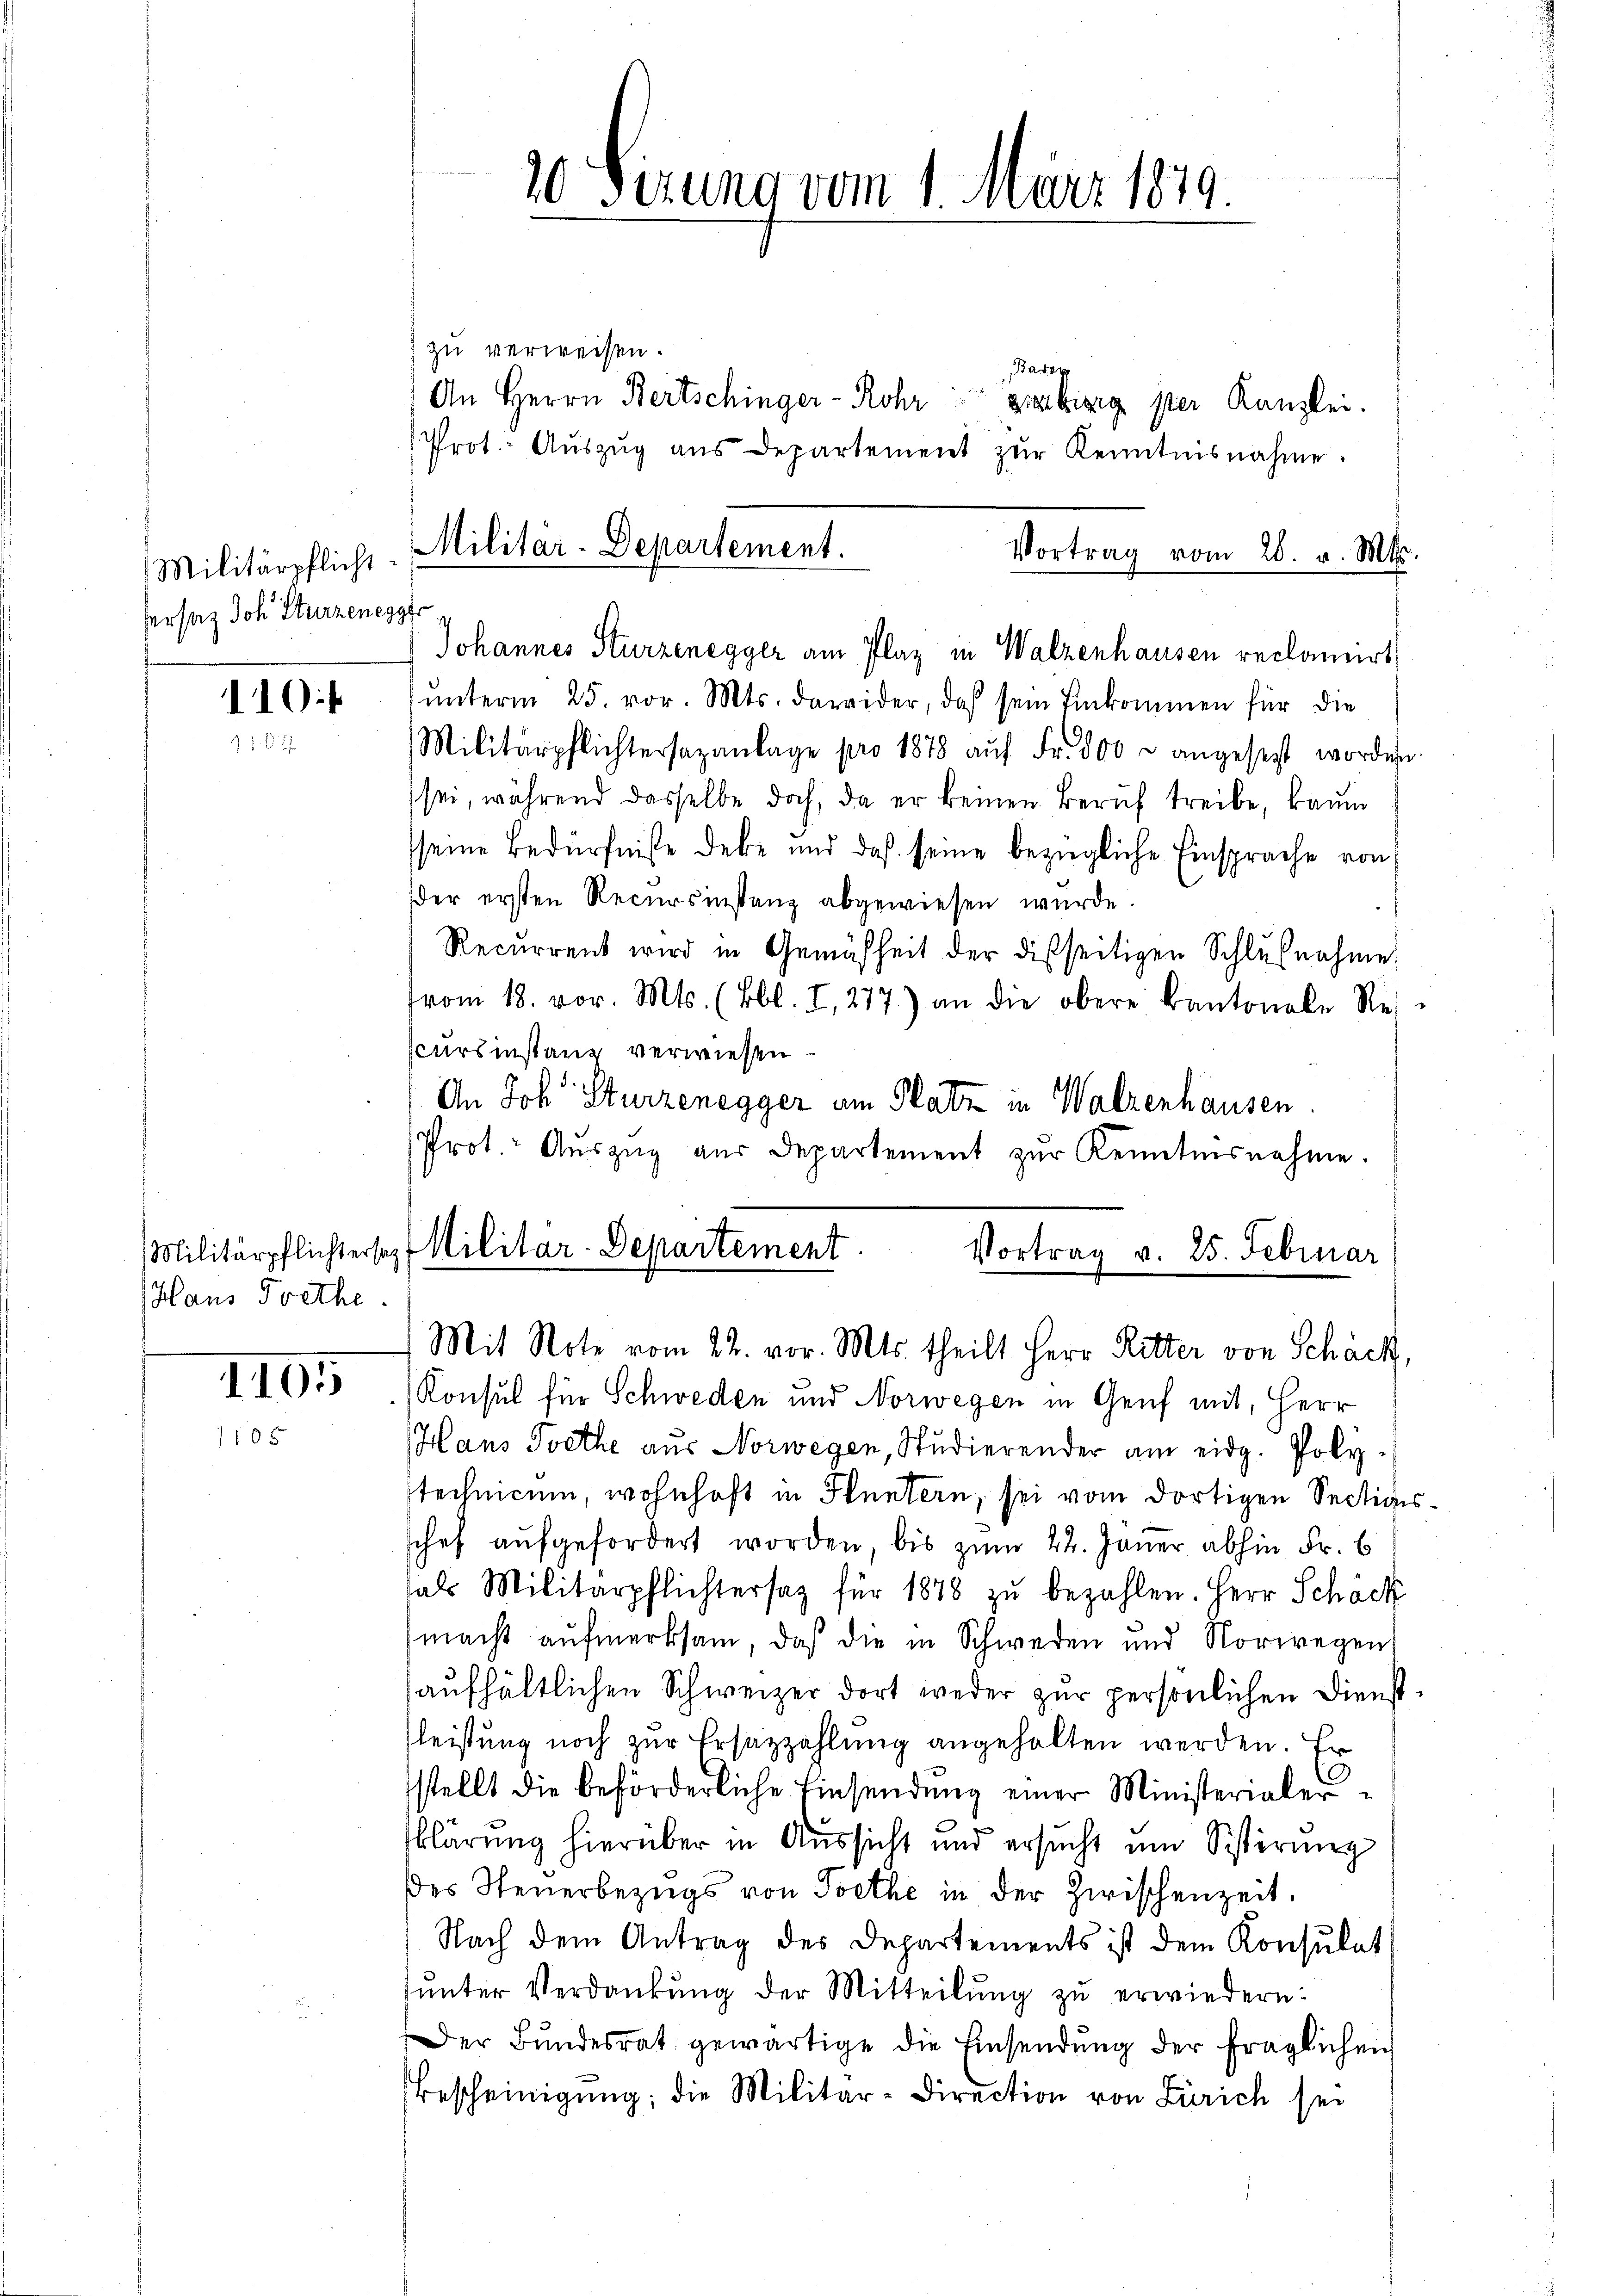
Militärpflicht
ersatz Joh. Sturzenegg

110:
1. 87

Haus Trethe.

1105
1105

zu verweisen.
Baren
An Herrn Bertschinger - Rohr
gibigig ster Kanzlei.
Prot. Aŭszŭg aŭs Departement zŭr Kenntnisnahme.
Militar-Departement.
Vortrag vom 28. v. Mts.

20 Sizung vom 1. März 1879.

Johannes Sturzenegger am Plaz in Walzenhausen reclamirt

ŭnterm 25. vor. Mts. dawider, daß sein Einkommen für die
Militärpflichtersazanlage pro 1878 aŭf Fr. 800 u angesetzt worden
sei, während dasselbe doch, da er keinen Beruf treibe, kaum
sseine Bedürfniße debe und daß seine bezügliche Einsprache von
er ersten Recursinstanz abgewiesen wurde.
Recurrent wird in Gemäßheit der disseitigen Schlußnahme
vom 18. vor. Mts. (Bbl. I, 277) an die obere Kantonale Res
scursinstanz verwiesen
An Joh. Sturzenegger am Platz in Walzenhausen
Prot. Aŭszŭg aŭs Departement zŭr Kenntnisnahme.
Militärpflichtersezt Militar-Departement
Vortrag v. 25. Februar

Mit Note vom 22. vor. Mts. theilt Herr Ritter von Schäck,

Konsul für Schweden und Norwegen in Genf mit, Herr
Hans Poethe aus Norwegen, Studierender am eidg. Polytechnicum, wohnhaft in Stuntern, sei vom dortigen Sectigisschef aufgefordert worden, bis zum 22. Jäner abhin Fr. 6
als Militärpflichtersag für 1878 zŭ bezahlen. Herr Schäck
macht aŭfmerksam, daß die in Schweren und Norwegen
aufhältlichen Schweizer dort weder zur persönlichen Dienst¬
Fleistung noch zur Ersazzahlung angehalten werden. Er
stellt die beförderliche Einsendung einer Ministerialerklärung hierüber in Aussicht und ersucht um Sistirung
des Steuerbezugs von Goethe in der Zwischenzeit.
Nach dem Antrag des Departements ist dem Konsulat
ŭnter Verdankŭng der Mitteilŭng zu erwiedern.
Der Bŭndesrat gewärtige die Einsendŭng der fraglichen
Bescheinigung; die Militär-Direction von Zürich sei